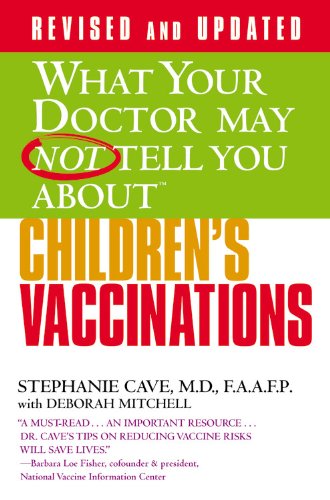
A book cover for What Your Doctor May Not Tell You About(TM) Children's Vaccinations; Stephanie Cave; Health, Fitness & Dieting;